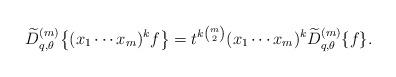
LaTeX: \begin{align*}\widetilde{D}_{q, \theta}^{(m)} \big\{ (x_1\cdots x_m)^k f \big\} = t^{k {m \choose 2}} (x_1 \cdots x_m)^k \widetilde{D}_{q, \theta}^{(m)} \{f\}.\end{align*}